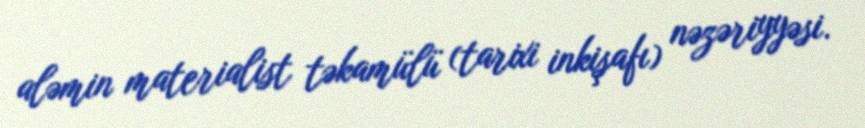
aləmin materialist təkamülü (tarixi inkişafı) nəzəriyyəsi.